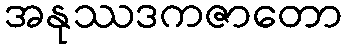
အနုဿဒကဇာတော